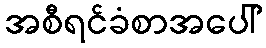
အစီရင်ခံစာအပေါ်